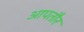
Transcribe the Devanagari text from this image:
आपतौर